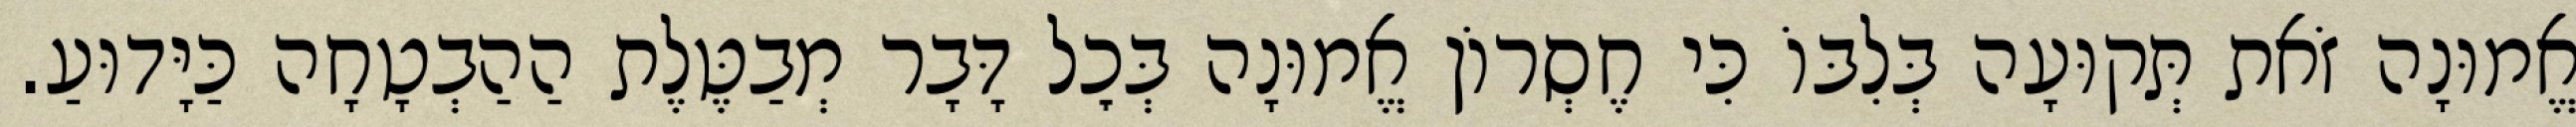
אֱמוּנָה זֹאת תְּקוּעָה בְּלִבּוֹ כִּי חֶסְרוֹן אֱמוּנָה בְּכׇל דָּבָר מְבַטֶּלֶת הַהַבְטָחָה כַּיָּדוּעַ.